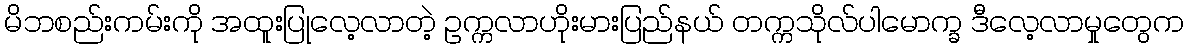
မိဘစည်းကမ်းကို အထူးပြုလေ့လာတဲ့ ဥက္ကလာဟိုးမားပြည်နယ် တက္ကသိုလ်ပါမောက္ခ ဒီလေ့လာမှုတွေက